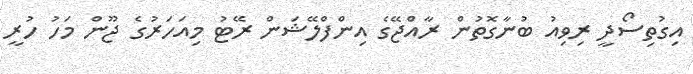
އިގުތިސޯދީ ރިވިއު ބުނާގޮތުން ރާއްޖޭގެ އިންފްލޭޝަން ރޭޓު މިއަހަރުގެ ޖޫން މަހު ހުރީ